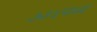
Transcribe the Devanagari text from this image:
७३४मध्ये